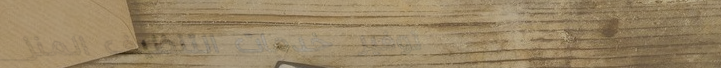
توفير خدمات التنظيف المنز